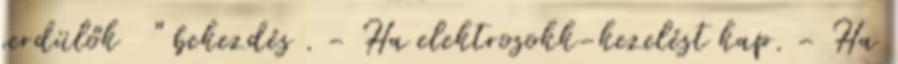
serdülők " bekezdés . - Ha elektrosokk-kezelést kap. - Ha